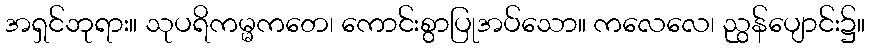
အရှင်ဘုရား။ သုပရိကမ္မကတေ၊ ကောင်းစွာပြုအပ်သော။ ကလေလေ၊ ညွန်ပျောင်း၌။